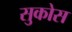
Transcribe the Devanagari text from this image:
सुकोस